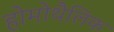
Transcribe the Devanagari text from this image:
होमोथैलिक